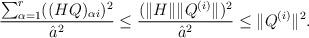
LaTeX: \begin{align*} \frac{\sum_{\alpha=1}^r ((HQ)_{\alpha i})^2}{{\hat a}^2} \leq \frac{(\|H\| \|Q^{(i)}\|)^2}{{\hat a}^2} \leq \|Q^{(i)}\|^2.\end{align*}